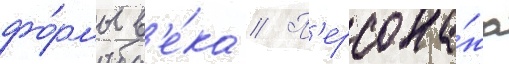
фо́рмы в'е́ка // П'ерсона́жа